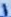
Text: 1